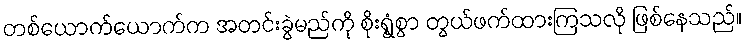
တစ်ယောက်ယောက်က အတင်းခွဲမည်ကို စိုးရွံ့စွာ တွယ်ဖက်ထားကြသလို ဖြစ်နေသည်။